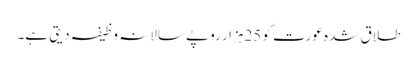
طلاق شدہ عورت کو 25ہزار روپے سالانہ وظیفہ دیتی ہے۔